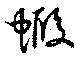
蝦